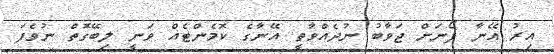
އިރު އޭނާ ފޯނަށް ޖަވާބު ނުދެއްވާތީ އޭނާގެ ކޮމެންޓެއް ވަނީ ލިބޭގޮތް ނުވެފަ